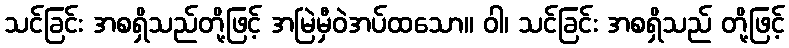
သင်ခြင်း အစရှိသည်တို့ဖြင့် အမြဲမှီဝဲအပ်ထသော။ ဝါ၊ သင်ခြင်း အစရှိသည် တို့ဖြင့်